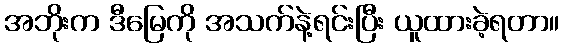
အဘိုးက ဒီမြေကို အသက်နဲ့ရင်းပြီး ယူထားခဲ့ရတာ။